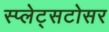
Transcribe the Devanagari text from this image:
स्प्लेट्सटोसर